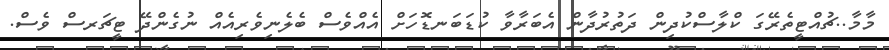
މާމާ..ޗުއްޓީތެރޭގަ ކްލާސްކުދިން ދަތުރުދާން އެބަރާވާ ކުޑަބަނޑޮހަށް އެއްވެސް ބެލެނިވެރިއެއް ނުގެންދޭ ޓީޗަރސް ވެސް.